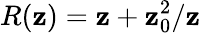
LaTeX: R(\mathbf{z})=\mathbf{z}+\mathbf{z}_{0}^{2}/\mathbf{z}